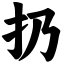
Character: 扔